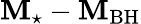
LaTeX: \mathbf{M}_{\star}-\mathbf{M}_{\mathrm{{BH}}}